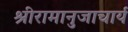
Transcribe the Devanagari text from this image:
श्रीरामानुजाचार्य